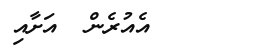
އެއުރެން  އަށާއި